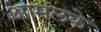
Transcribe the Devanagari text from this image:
आमलके